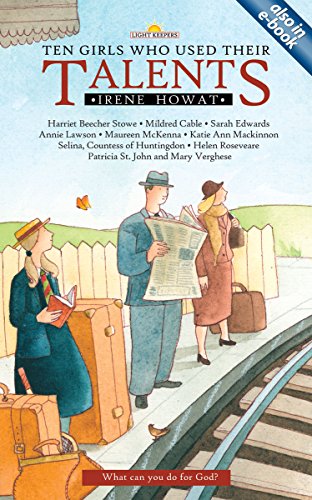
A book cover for Ten Girls Who Used Their Talents (Lightkeepers); Irene Howat; Children's Books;